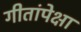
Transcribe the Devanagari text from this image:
गीतांपेक्षा